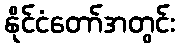
နိုင်ငံတော်အတွင်း